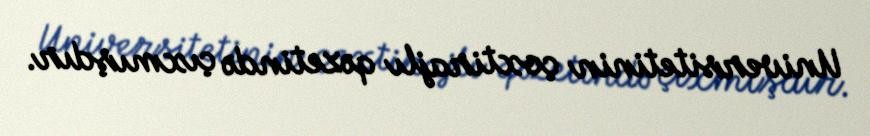
Universitetinin çoxtirajlı qəzetində çıxmışdır.